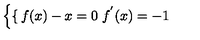
\left\{ \begin{cases} { f ( x ) - x = 0 } \\ { f ^ { ' } ( x ) = - 1 } \\ \end{cases} \right.